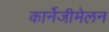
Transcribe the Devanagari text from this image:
कार्नेजीमेलन